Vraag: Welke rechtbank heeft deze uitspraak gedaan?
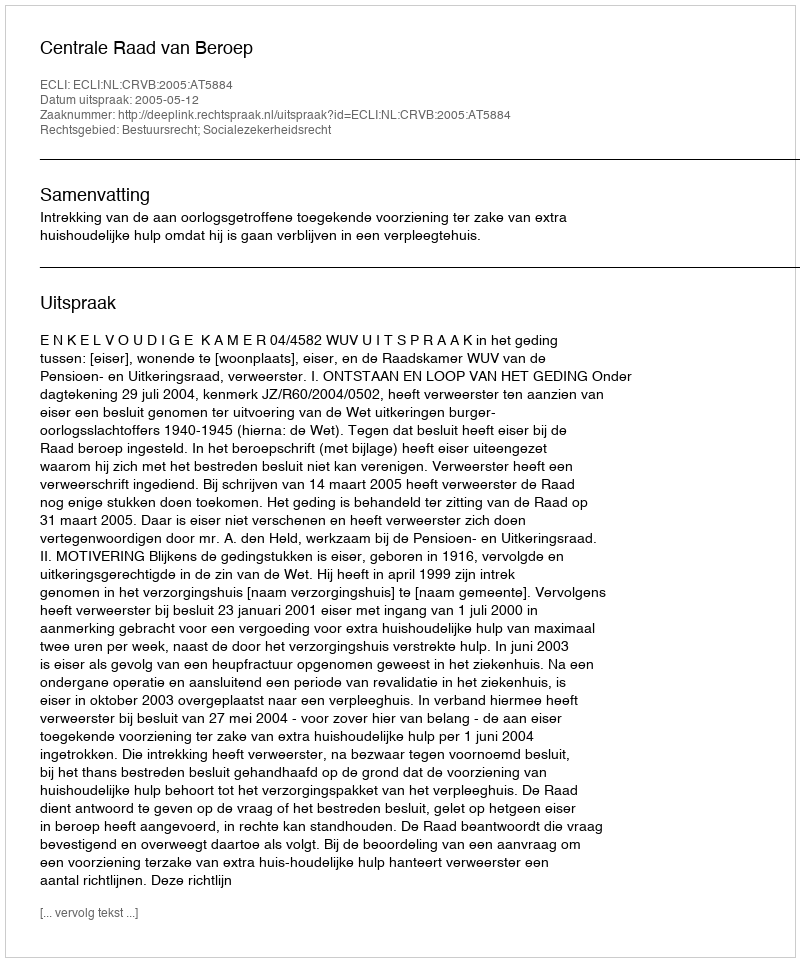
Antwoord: Centrale Raad van Beroep